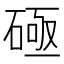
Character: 𰧐